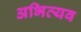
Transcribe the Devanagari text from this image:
अभिव्यव